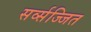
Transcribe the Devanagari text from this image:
सर्व्सज्जित